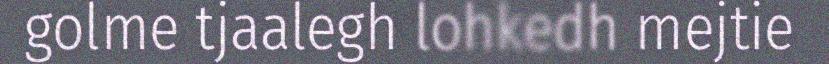
golme tjaalegh lohkedh mejtie